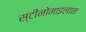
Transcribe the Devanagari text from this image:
स्टीनोमाइलान